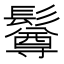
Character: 𩯄